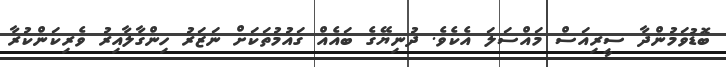
ބޮޑުވަމުންދާ ސީރިއަސް މައްސަލަ އެކެވެ. ދުނިޔޭގެ ބައެއް ގައުމުތަކަށް ނަޒަރު ހިންގާލާއިރު ވެރިކަންކުރާ